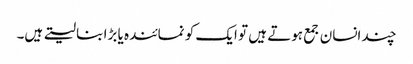
چند انسان جمع ہوتے ہیں تو ایک کو نمائندہ یا بڑا بنا لیتے ہیں۔